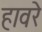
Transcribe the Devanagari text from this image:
हावरे